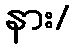
နား/